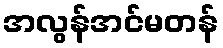
အလွန်အင်မတန်